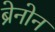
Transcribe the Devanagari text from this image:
ब्रेनोन